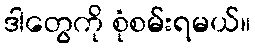
ဒါတွေကို စုံစမ်းရမယ်။